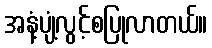
အနံ့ပျံ့လွင့်စပြုလာတယ်။